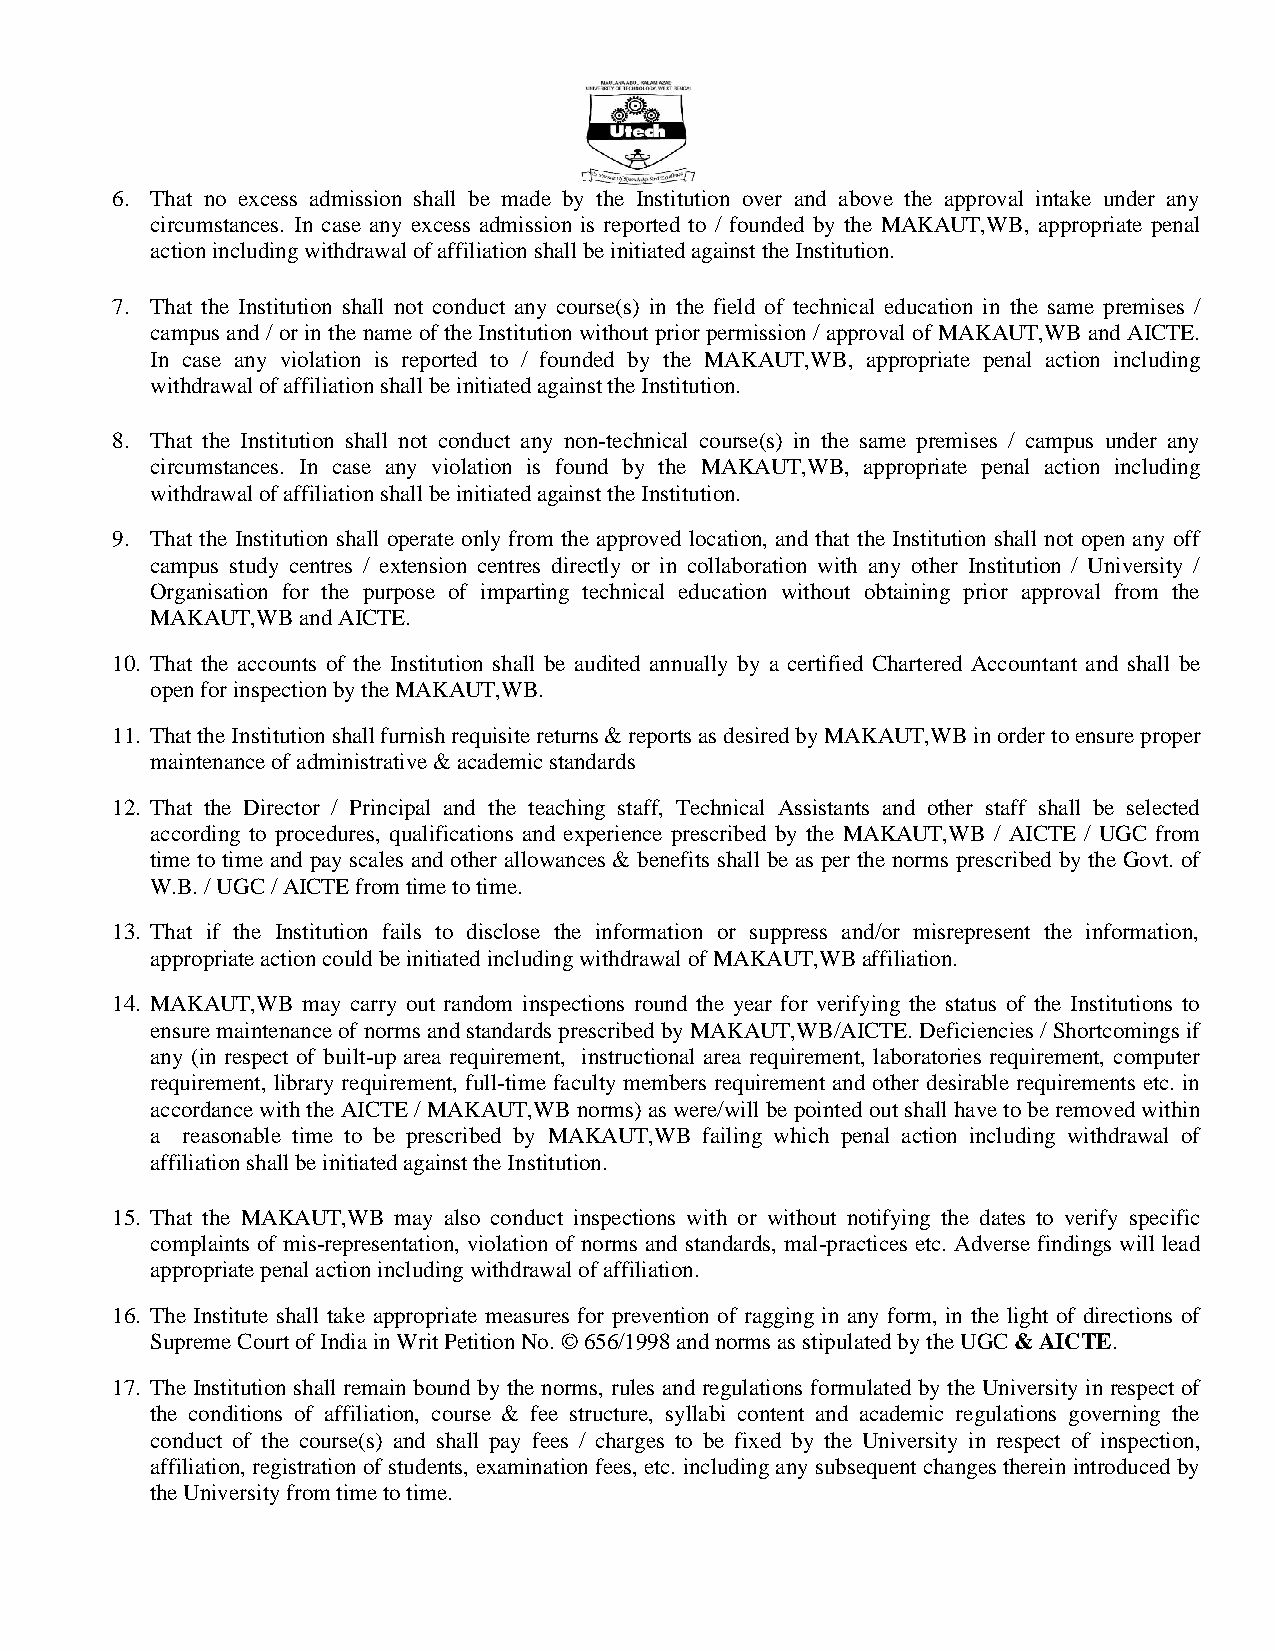
6. That no excess admission shall be made by the Institution over and above the approval intake under any
 circumstances. In case any excess admission is reported to / founded by the MAKAUT,WB, appropriate penal
 action including withdrawal of affiliation shall be initiated against the Institution.
 7. That the Institution shall not conduct any course(s) in the field of technical education in the same premises /
 campus and / or in the name of the Institution without prior permission / approval of MAKAUT,WB and AICTE.
 In case any violation is reported to / founded by the MAKAUT,WB, appropriate penal action including
 withdrawal of affiliation shall be initiated against the Institution.
 8. That the Institution shall not conduct any non-technical course(s) in the same premises / campus under any
 circumstances. In case any violation is found by the MAKAUT,WB, appropriate penal action including
 withdrawal of affiliation shall be initiated against the Institution.
 9. That the Institution shall operate only from the approved location, and that the Institution shall not open any off
 campus study centres / extension centres directly or in collaboration with any other Institution / University /
 Organisation for the purpose of imparting technical education without obtaining prior approval from the
 MAKAUT,WB and AICTE.
 10. That the accounts of the Institution shall be audited annually by a certified Chartered Accountant and shall be
 open for inspection by the MAKAUT,WB.
 11. That the Institution shall furnish requisite returns & reports as desired by MAKAUT,WB in order to ensure proper
 maintenance of administrative & academic standards
 12. That the Director / Principal and the teaching staff, Technical Assistants and other staff shall be selected
 according to procedures, qualifications and experience prescribed by the MAKAUT,WB / AICTE / UGC from
 time to time and pay scales and other allowances & benefits shall be as per the norms prescribed by the Govt. of
 W.B. / UGC / AICTE from time to time.
 13. That if the Institution fails to disclose the information or suppress and/or misrepresent the information,
 appropriate action could be initiated including withdrawal of MAKAUT,WB affiliation.
 14. MAKAUT,WB may carry out random inspections round the year for verifying the status of the Institutions to
 ensure maintenance of norms and standards prescribed by MAKAUT,WB/AICTE. Deficiencies / Shortcomings if
 any (in respect of built-up area requirement, instructional area requirement, laboratories requirement, computer
 requirement, library requirement, full-time faculty members requirement and other desirable requirements etc. in
 accordance with the AICTE / MAKAUT,WB norms) as were/will be pointed out shall have to be removed within
 a reasonable time to be prescribed by MAKAUT,WB failing which penal action including withdrawal of
 affiliation shall be initiated against the Institution.
 15. That the MAKAUT,WB may also conduct inspections with or without notifying the dates to verify specific
 complaints of mis-representation, violation of norms and standards, mal-practices etc. Adverse findings will lead
 appropriate penal action including withdrawal of affiliation.
 16. The Institute shall take appropriate measures for prevention of ragging in any form, in the light of directions of
 Supreme Court of India in Writ Petition No. © 656/1998 and norms as stipulated by the UGC & AICTE.
 17. The Institution shall remain bound by the norms, rules and regulations formulated by the University in respect of
 the conditions of affiliation, course & fee structure, syllabi content and academic regulations governing the
 conduct of the course(s) and shall pay fees / charges to be fixed by the University in respect of inspection,
 affiliation, registration of students, examination fees, etc. including any subsequent changes therein introduced by
 the University from time to time.